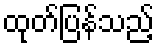
ထုတ်ပြန်သည့်